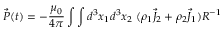
\vec { P } ( t ) = - \frac { \mu _ { 0 } } { 4 \pi } \int \int d ^ { 3 } x _ { 1 } d ^ { 3 } x _ { 2 } ~ ( \rho _ { 1 } \vec { J } _ { 2 } + \rho _ { 2 } \vec { J } _ { 1 } ) R ^ { - 1 }